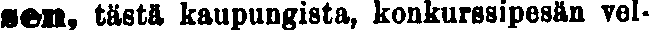
sen, tästä kaupungista, konkurssipesän vel-